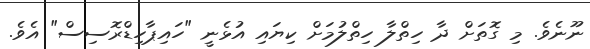
ނޫނެވެ. މި ގޮތަށް ދާ ހިތްލާ ހިތްލުމަށް ކިޔައި އުޅެނީ "ހައިޕާހިޑްރޮސިސް" އެވެ.